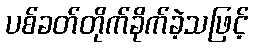
ပစ်ခတ်တိုက်ခိုက်ခဲ့သဖြင့်